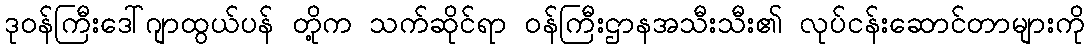
ဒုဝန်ကြီးဒေါ်ဂျာထွယ်ပန် တို့က သက်ဆိုင်ရာ ဝန်ကြီးဌာနအသီးသီး၏ လုပ်ငန်းဆောင်တာများကို